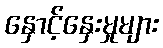
နှောင့်နှေးမှုများ